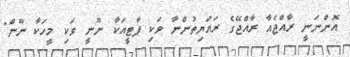
އޮންނަނީ ރާއްޖެއާ ރާއްޖޭގެ ރައްޔިތުންނާ ވަކި ޕާޓީއަކާ ނޫނީ ވަކި މީހަކާ ނޫން"